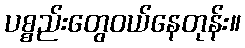
ပစ္စည်းတွေဝယ်နေတုန်း။